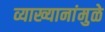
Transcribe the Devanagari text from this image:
व्याख्यानांमुळे